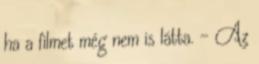
ha a filmet még nem is látta. - Az